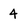
Character: 4